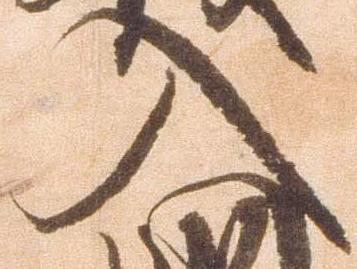
入